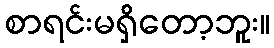
စာရင်းမရှိတော့ဘူး။